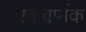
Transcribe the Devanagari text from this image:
एकवर्णक